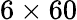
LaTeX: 6\times 60